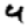
Digit: 4